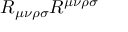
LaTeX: R _ { \mu \nu \rho \sigma } R ^ { \mu \nu \rho \sigma }